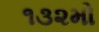
૧૩૨મો